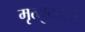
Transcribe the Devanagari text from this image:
मृत्युदंडाचे